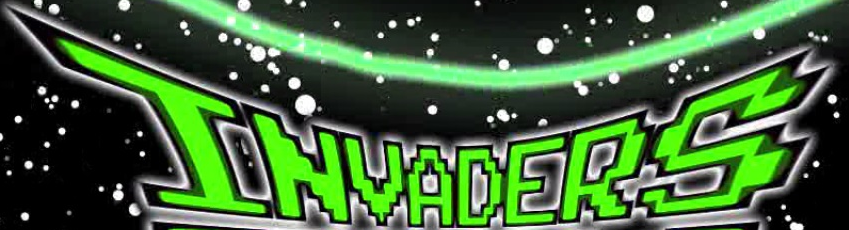
INVADERS